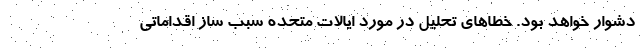
دشوار خواهد بود. خطاهای تحلیل در مورد ایالات متحده سبب ساز اقداماتی